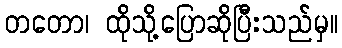
တတော၊ ထိုသို့ပြောဆိုပြီးသည်မှ။